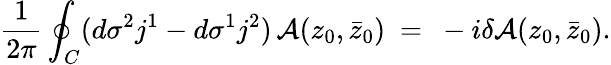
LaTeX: \frac{1}{2\pi}\oint_{C}(d\sigma^{2}j^{1}-d\sigma^{1}j^{2})\, {\cal A}(z_{0},\bar{z}_{0})\ =\ -i\delta{\cal A}(z_{0},\bar{z}_{0}).